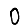
Digit: 0